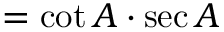
= \cot A \cdot \sec A